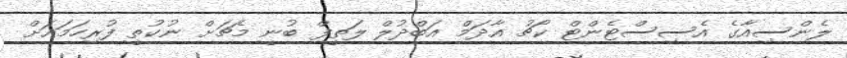
ލެންސިއާގެ އެސިސްޓެންޓް ކޯޗު އާދަމް އަބްދުލް ލަތީފް ބުނީ މެޗަށް ނުކުތީ ފުރިހަމައަށް